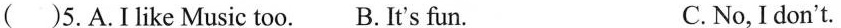
( )5.A.I like Music too. B. It's fun. C. No, I don't.